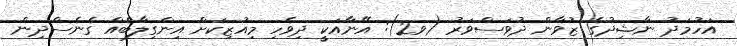
އަހުމަދު ނާޝިދުގެ ޒުވާން ދުވަސްވަރު (ވ2): އޭނާއަކީ ދިވެހި މިއުޒިކަށް އިންގިލާބެއް ގެނެސްދިން